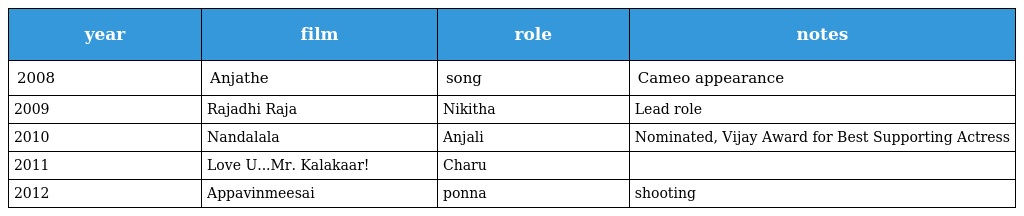
| year | film | role | notes |
 | --- | --- | --- | --- |
 | 2008 | Anjathe | song | Cameo appearance |
 | 2009 | Rajadhi Raja | Nikitha | Lead role |
 | 2010 | Nandalala | Anjali | Nominated, Vijay Award for Best Supporting Actress |
 | 2011 | Love U...Mr. Kalakaar! | Charu |  |
 | 2012 | Appavinmeesai | ponna | shooting |